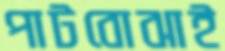
পাটবোঝাই